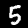
Label: 5